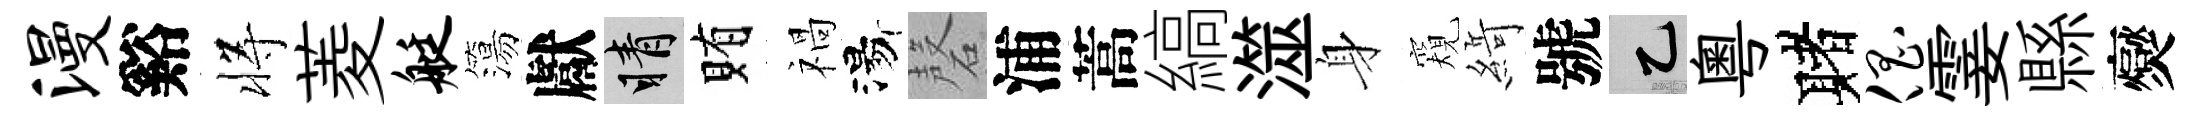
漫谿将菱艇簜獻睛賄禍湯磬浦蒿縞澨身窺𦂶號乙粵赌倡霎縣爕